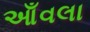
આઁવલા